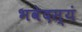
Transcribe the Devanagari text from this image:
भवेदस्यं